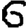
Digit: 6